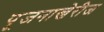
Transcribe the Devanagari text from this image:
पूजनाखेरीज